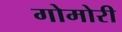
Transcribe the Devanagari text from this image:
गोमोरी